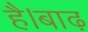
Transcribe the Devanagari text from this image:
है।बाढ़